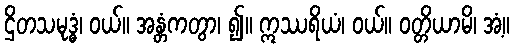
ဌိတသမုဒ္ဓံ၊ ဝယ်။ အန္တံကတွာ၊ ၍။ ဣဿရိယံ၊ ဝယ်။ ဝတ္တိယာမိ၊ အံ့။